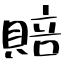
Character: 賠